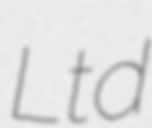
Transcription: Ltd